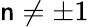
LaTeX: \mathsf{n}\neq\pm1